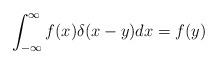
LaTeX: \begin{align*}\int_{-\infty}^\infty f(x) \delta(x-y)dx = f(y)\end{align*}